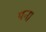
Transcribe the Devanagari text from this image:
पन।